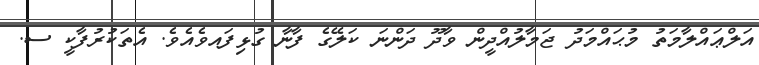
އަލްޢައްލާމަތު މުޙައްމަދު ޖަމާލުއްދީން ވާދޫ ދަންނަ ކަލޭގެ ފާނާ ގުޅިފައވެއެވެ. އެތަކުރުފާކީ ސ.